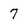
Character: 7